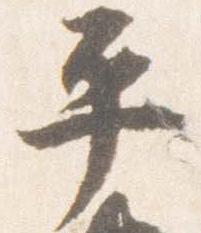
平